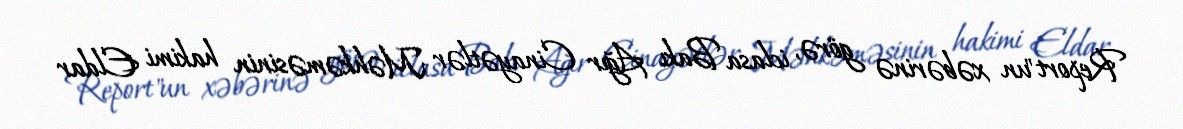
Report"un xəbərinə görə, iclasa Bakı Ağır Cinayətlər Məhkəməsinin hakimi Eldar